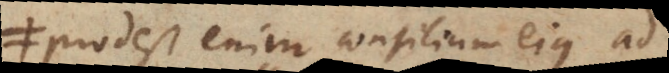
prodest enim consilium ejus ad